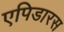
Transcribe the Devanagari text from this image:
एपिडारस